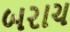
બરાચ